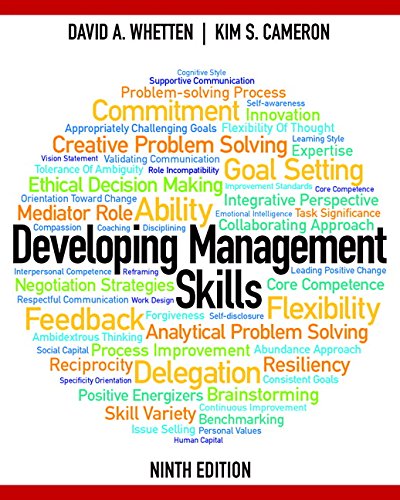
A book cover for Developing Management Skills Plus MyManagementLab with Pearson eText -- Access Card Package (9th Edition); David A. Whetten; Business & Money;